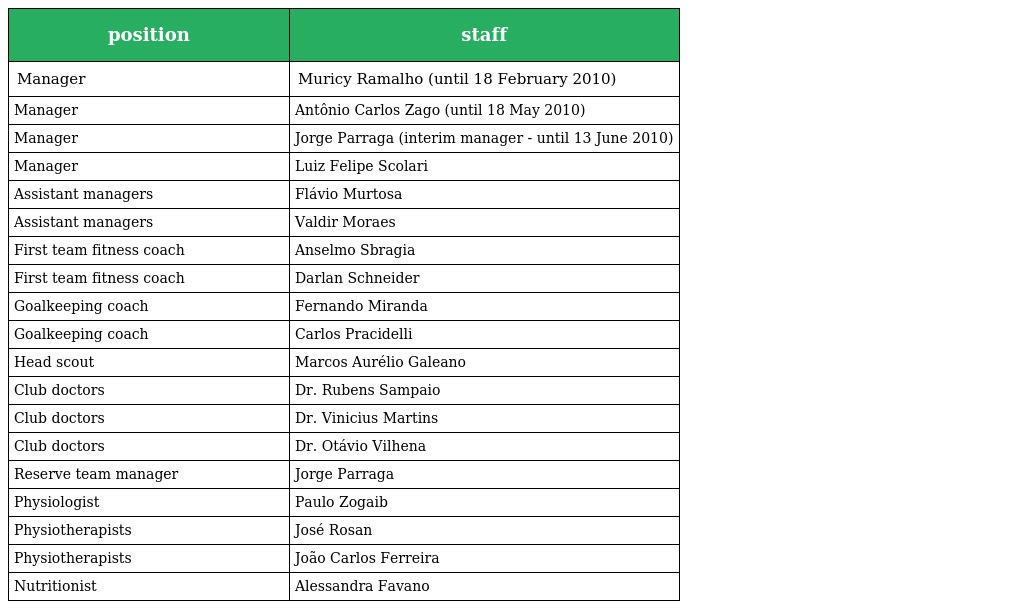
| position | staff |
 | --- | --- |
 | Manager | Muricy Ramalho (until 18 February 2010) |
 | Manager | Antônio Carlos Zago (until 18 May 2010) |
 | Manager | Jorge Parraga (interim manager - until 13 June 2010) |
 | Manager | Luiz Felipe Scolari |
 | Assistant managers | Flávio Murtosa |
 | Assistant managers | Valdir Moraes |
 | First team fitness coach | Anselmo Sbragia |
 | First team fitness coach | Darlan Schneider |
 | Goalkeeping coach | Fernando Miranda |
 | Goalkeeping coach | Carlos Pracidelli |
 | Head scout | Marcos Aurélio Galeano |
 | Club doctors | Dr. Rubens Sampaio |
 | Club doctors | Dr. Vinicius Martins |
 | Club doctors | Dr. Otávio Vilhena |
 | Reserve team manager | Jorge Parraga |
 | Physiologist | Paulo Zogaib |
 | Physiotherapists | José Rosan |
 | Physiotherapists | João Carlos Ferreira |
 | Nutritionist | Alessandra Favano |